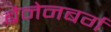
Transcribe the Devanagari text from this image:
ब्रैनेनबर्ग